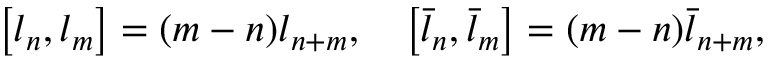
\left[ l _ { n } , l _ { m } \right] = ( m - n ) l _ { n + m } , \, \, \, \, \, \, \left[ \bar { l } _ { n } , \bar { l } _ { m } \right] = ( m - n ) \bar { l } _ { n + m } ,